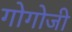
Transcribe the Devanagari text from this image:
गोगोजी